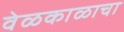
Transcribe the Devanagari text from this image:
वेळकाळाचा